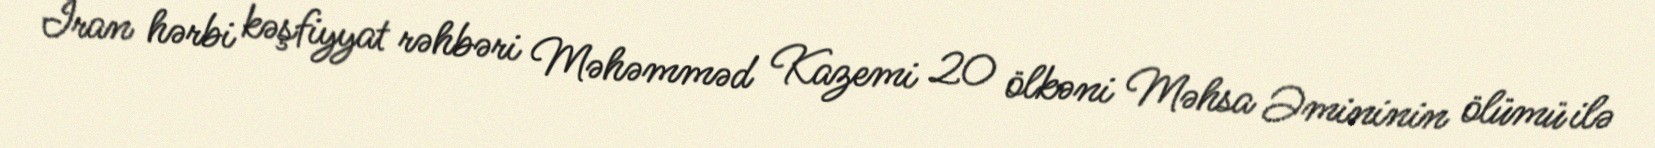
İran hərbi kəşfiyyat rəhbəri Məhəmməd Kazemi 20 ölkəni Məhsa Əmininin ölümü ilə